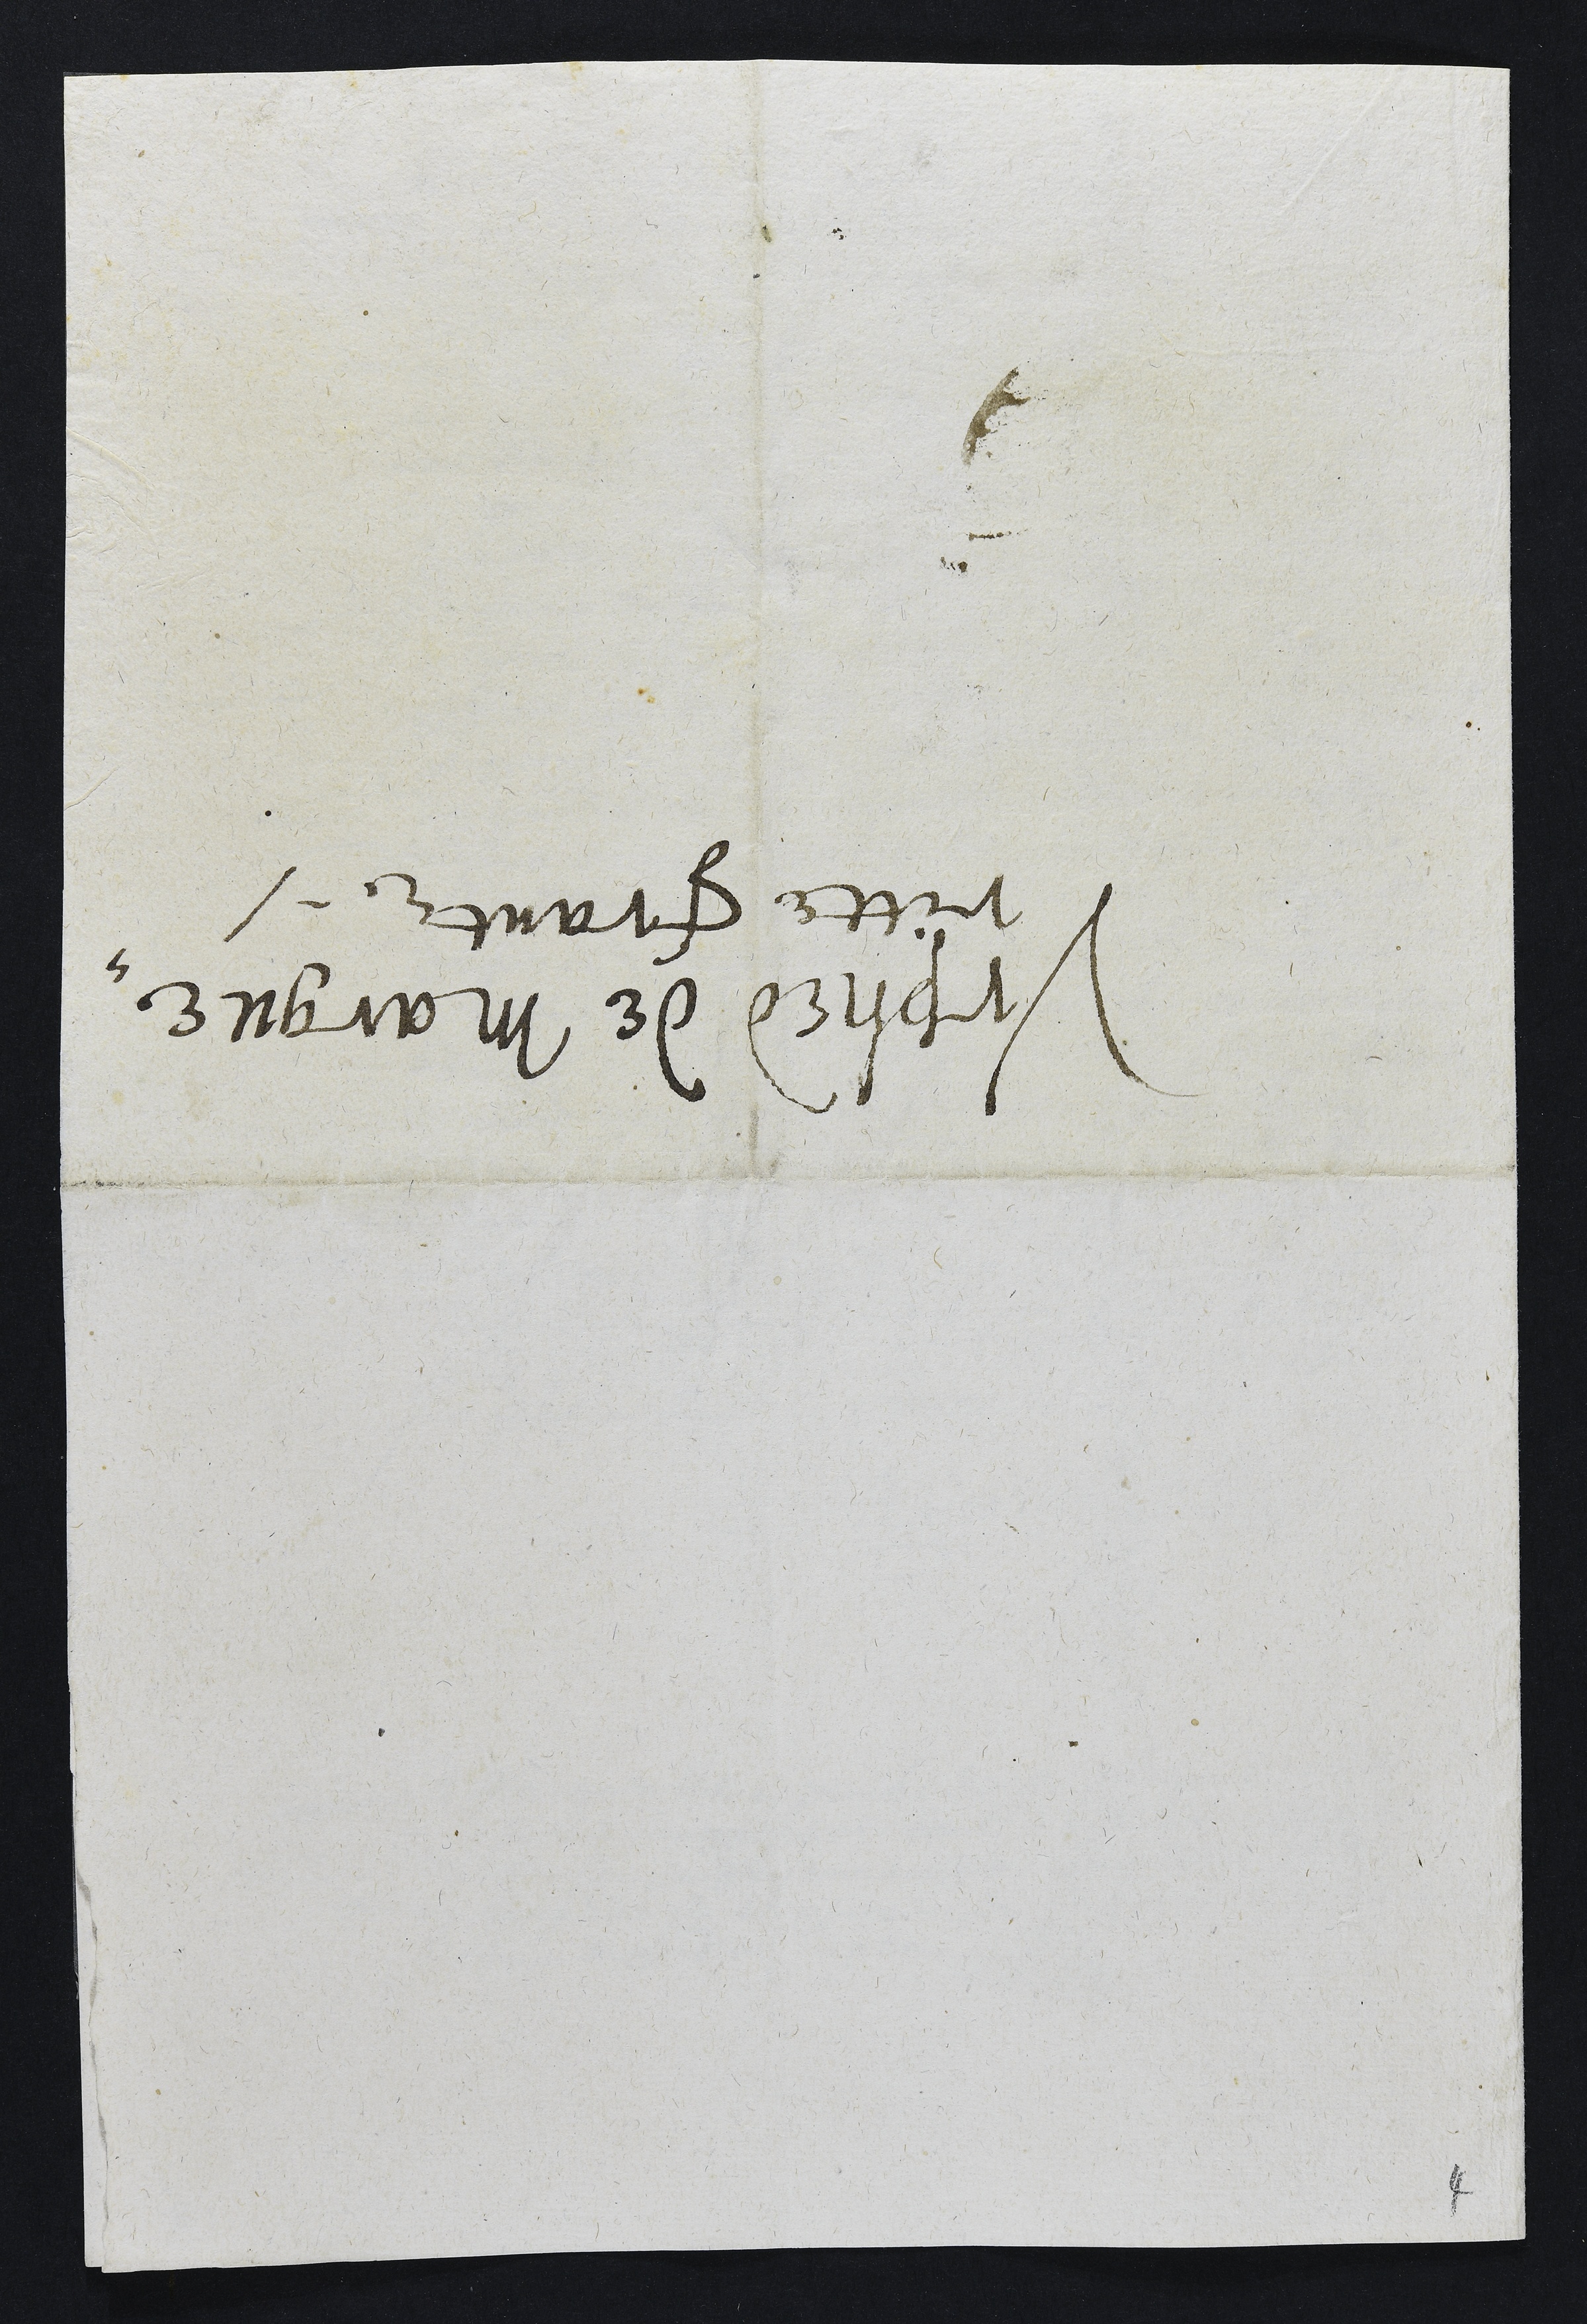
Vrphed de Margue¬
ritte Frantz.

4